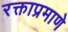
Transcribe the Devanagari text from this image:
रक्ताप्रमाणे